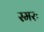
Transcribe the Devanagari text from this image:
स्मरः